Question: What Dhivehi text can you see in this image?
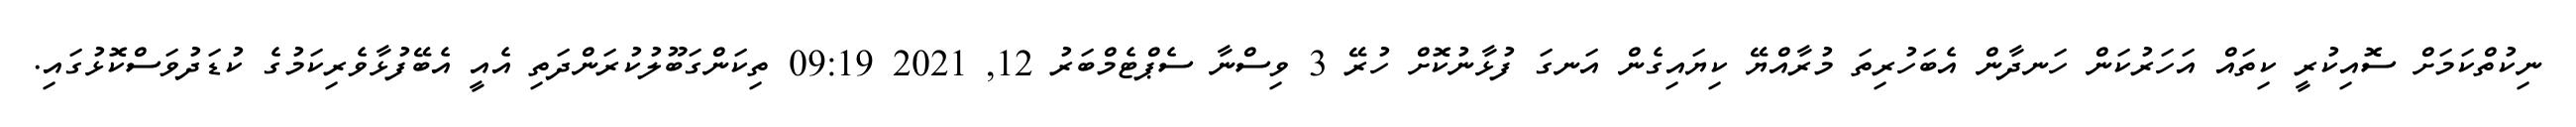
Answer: ނިކުތްކަމަށް ސޮއިކުރީ ކިތައް އަހަރުކަން ހަނދާން އެބަހުރިތަ މުރާއްޔޭ ކިޔައިގެން އަނގަ ފުޅާނުކޮށް ހުރޭ 3 ވިސްނާ ސެޕްޓެމްބަރު 12, 2021 09:19 ތިކަންގަބޫލުކުރަންދަތި އެއީ އެބޭފުޅާވެރިކަމުގެ ކުޑަދުވަސްކޮޅުގައި.